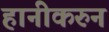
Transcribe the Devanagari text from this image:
हानीकरुन